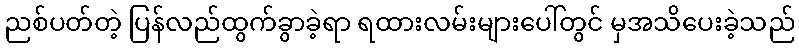
ညစ်ပတ်တဲ့ ပြန်လည်ထွက်ခွာခဲ့ရာ ရထားလမ်းများပေါ်တွင် မှအသိပေးခဲ့သည်